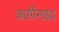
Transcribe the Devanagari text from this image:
आर्सीनाइड